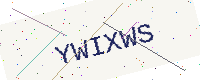
Text: YWIXWS